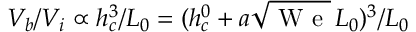
V _ { b } / V _ { i } \propto h _ { c } ^ { 3 } / L _ { 0 } = ( h _ { c } ^ { 0 } + a \sqrt { \mathrm { ~ W ~ e ~ } } \, L _ { 0 } ) ^ { 3 } / L _ { 0 }